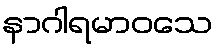
နာဂါရမာဝသေ